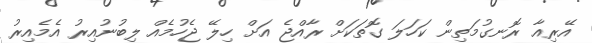
އޭރިއާ ރޮނގުމަތިން ކަހަލަ ގޮތަކަށް ރާއްޖެ އަށް ހިލޭ ޖެހުމެއް ލިބުނުއިރު އެމެއިރު